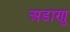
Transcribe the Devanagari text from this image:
अडाणु